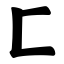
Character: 匚